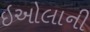
ઇઓલાની